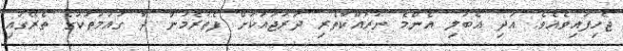
ޖެހިފައިވެއެވެ. އަދި އެބަލި އެންމެ ނުރައްކާތެރި ދަރަޖައަކަށް ފެތުރެމުން ދާ ގައުމުތަކުގެ ތެރޭގައި